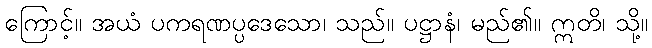
ကြောင့်။ အယံ ပကရဏပ္ပဒေသော၊ သည်။ ပဋ္ဌာနံ၊ မည်၏။ ဣတိ၊ သို့။